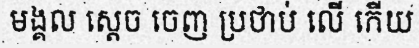
មង្គល ស្តេច ចេញ ប្រថាប់ លើ កើយ